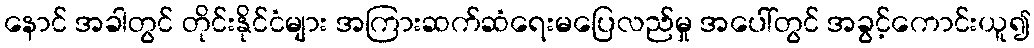
နောင် အခါတွင် တိုင်းနိုင်ငံများ အကြားဆက်ဆံရေးမပြေလည်မှု အပေါ်တွင် အခွင့်ကောင်းယူ၍